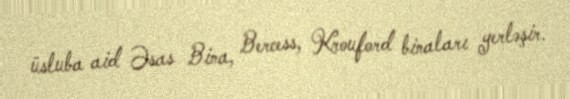
üsluba aid Əsas Bina, Bercess, Krouford binaları yerləşir.